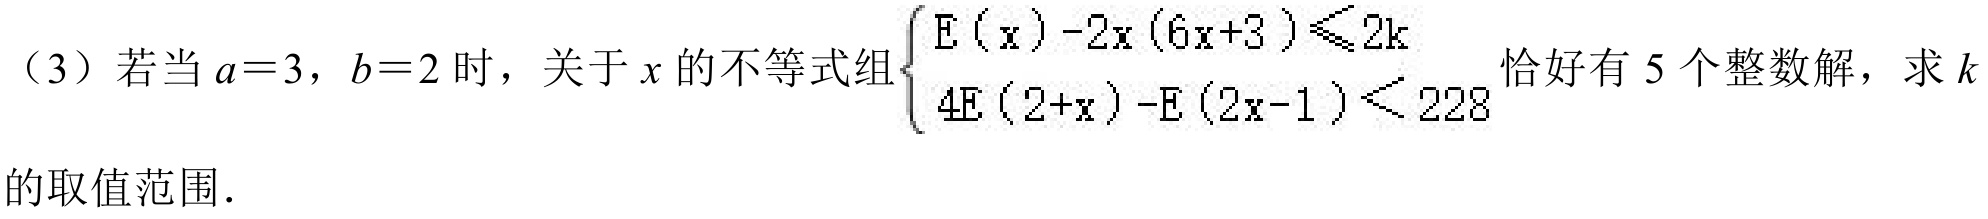
（3）若当 \(a = 3\)，\(b = 2\) 时，关于 \(x\) 的不等式组\(\begin{cases}
\text{E}(x)-2x(6x + 3)\leqslant2k \\
4\text{E}(2 + x)-\text{E}(2x - 1)<228
\end{cases}\)恰好有 \(5\) 个整数解，求 \(k\) 的取值范围.